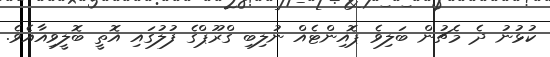
ކުޅުނު ދެ މެޗުން ބަލިވެ ޕޮއިންޓެއް ނުލިބި ގްރޫޕްގެ ފުލުގައި އޮތީ ބޮލީވިއާއެވެ.